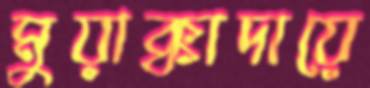
মুয়াক্কাদায়ে